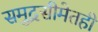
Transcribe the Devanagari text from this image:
समुद्रसीमेतही